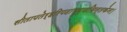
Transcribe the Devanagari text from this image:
सीतापतेर्हरिपदाम्बुजचिन्तकेन।